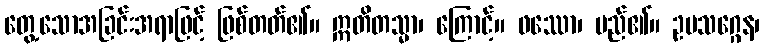
တွေ့သောအခြင်းအရာဖြင့် ဖြစ်တတ်၏။ ဣတိတသ္မာ၊ ကြောင့်။ ဖဿော၊ မည်၏။ ဥပသဂ္ဂေန၊